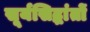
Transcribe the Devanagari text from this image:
सूर्यसिद्धांतों